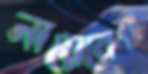
নায়েবের